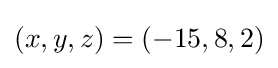
(x,y,z)=(-15,8,2)